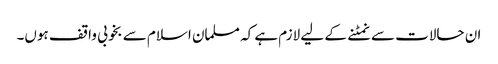
ان حالات سے نمٹنے کے لیے لازم ہے کہ مسلمان اسلام سے بخوبی واقف ہوں۔